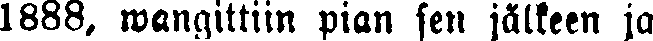
1888, wangittiin pian sen jälkeen ja